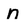
Character: n